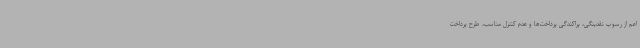
اعم از رسوب نقدینگی، پراکندگی پرداخت‌ها و عدم کنترل مناسب، طرح پرداخت